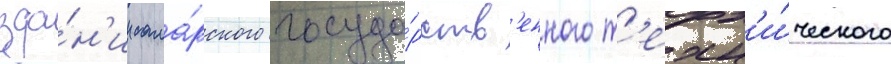
зда́н'ии сама́рского госуда́рств'енного т'ехн'и́ческого